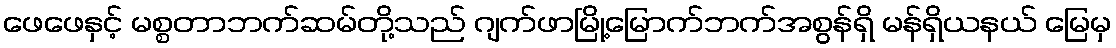
ဖေဖေနှင့် မစ္စတာဘက်ဆမ်တို့သည် ဂျက်ဖာမြို့မြောက်ဘက်အစွန်ရှိ မန်ရှိယနယ် မြေမှ